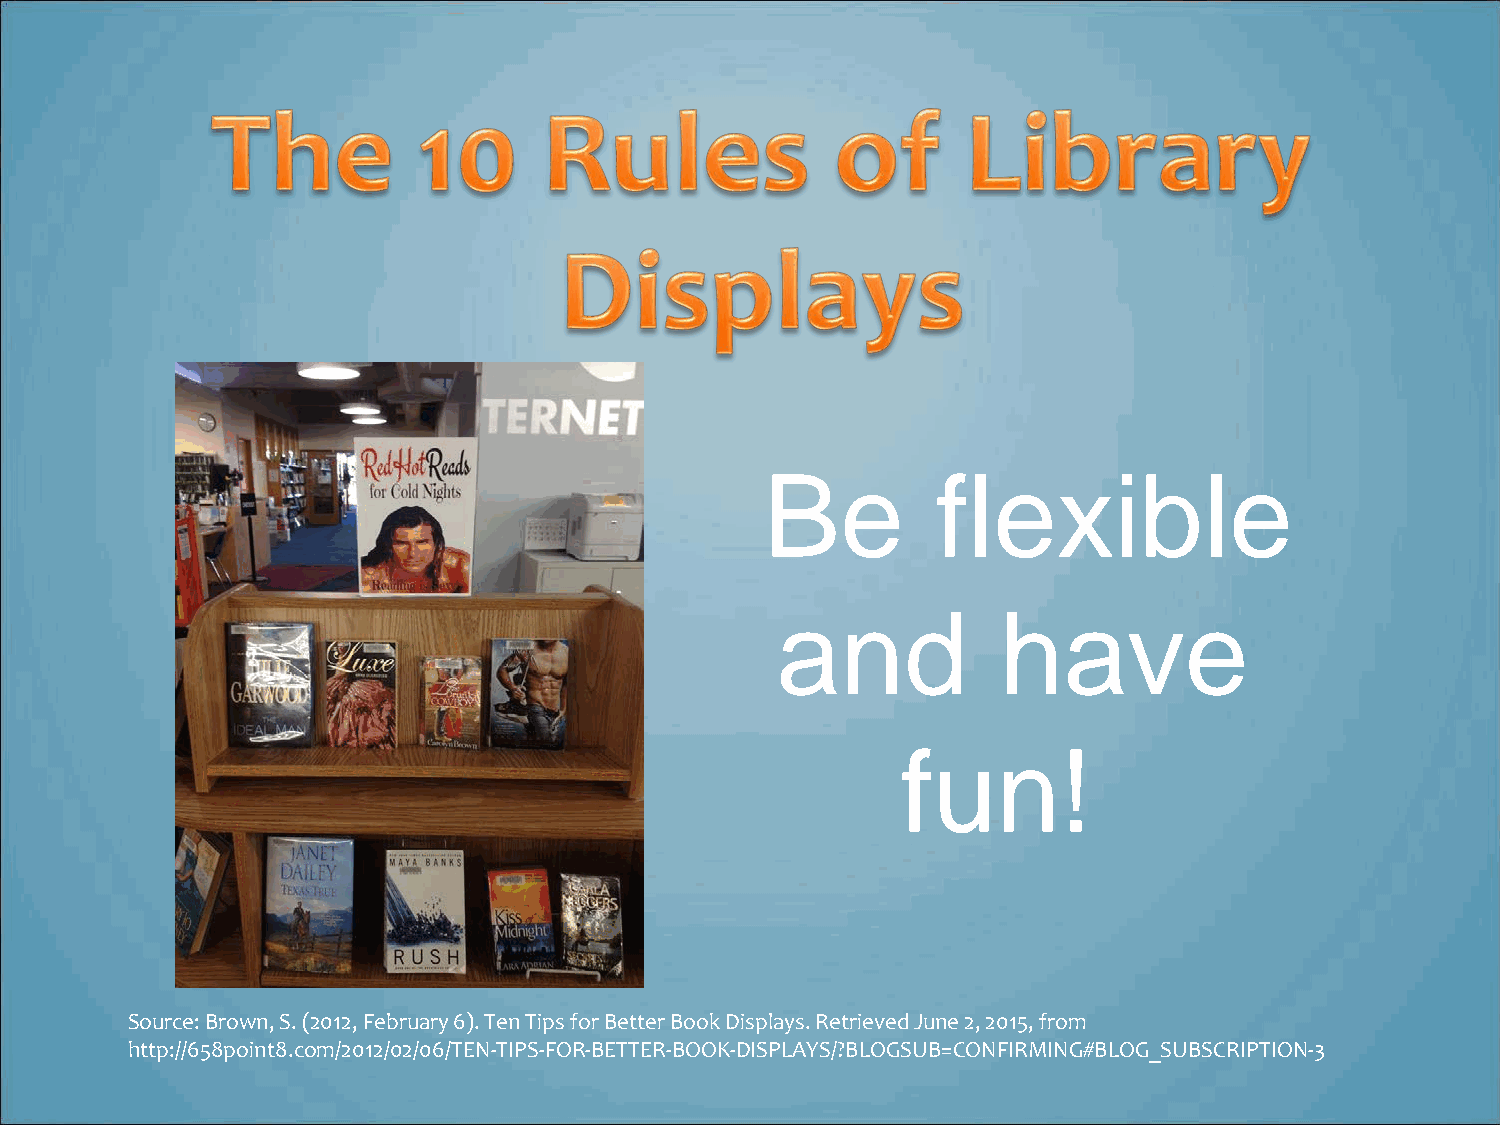
Be         flexible
 and            have
 fun!
 Source: Brown, S. (2012, February 6). Ten Tips for Better Book Displays. Retrieved June 2, 2015, from
 http://658point8.com/2012/02/06/TEN-TIPS-FOR-BETTER-BOOK-DISPLAYS/?BLOGSUB=CONFIRMING#BLOG_SUBSCRIPTION-3